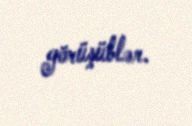
görüşüblər.